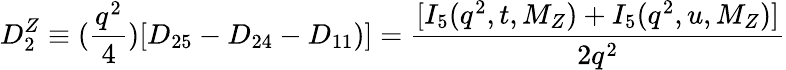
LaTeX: D_{2}^{Z}\equiv({\frac{q^{2}}{4}})[D_{25}-D_{24}-D_{11})]={\frac{[I_{5}(q^{2},t,M_{Z})+I_{5}(q^{2},u,M_{Z})]}{2q^{2}}}